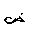
Letter: _dad